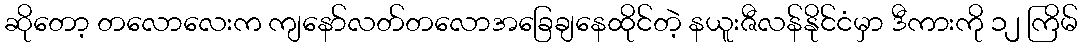
ဆိုတော့ တလောလေးက ကျနော်လတ်တလောအခြေချနေထိုင်တဲ့ နယူးဇီလန်နိုင်ငံမှာ ဒီကားကို ၁၂ ကြိမ်